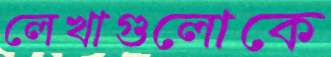
লেখাগুলোকে